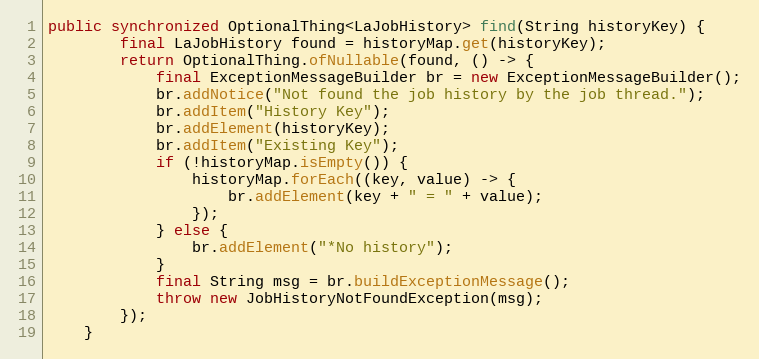
Language: Java
public synchronized OptionalThing<LaJobHistory> find(String historyKey) {
        final LaJobHistory found = historyMap.get(historyKey);
        return OptionalThing.ofNullable(found, () -> {
            final ExceptionMessageBuilder br = new ExceptionMessageBuilder();
            br.addNotice("Not found the job history by the job thread.");
            br.addItem("History Key");
            br.addElement(historyKey);
            br.addItem("Existing Key");
            if (!historyMap.isEmpty()) {
                historyMap.forEach((key, value) -> {
                    br.addElement(key + " = " + value);
                });
            } else {
                br.addElement("*No history");
            }
            final String msg = br.buildExceptionMessage();
            throw new JobHistoryNotFoundException(msg);
        });
    }